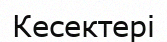
Кесектері